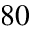
8 0